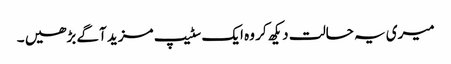
میری یہ حالت دیکھ کر وہ ایک سٹیپ مزید آگے بڑھیں ۔